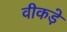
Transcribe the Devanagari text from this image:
वीकड़े